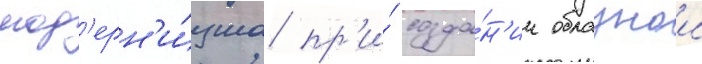
мод'ерн'и́зма пр'и́ созда́н'ии образнои